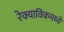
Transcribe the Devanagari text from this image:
रेक्याविकमध्ये